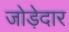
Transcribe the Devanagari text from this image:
जोड़ेदार